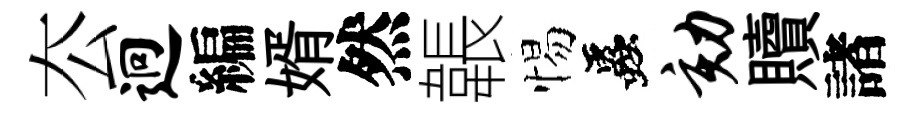
厺迥編婿然韔惕蟲劾贖諸